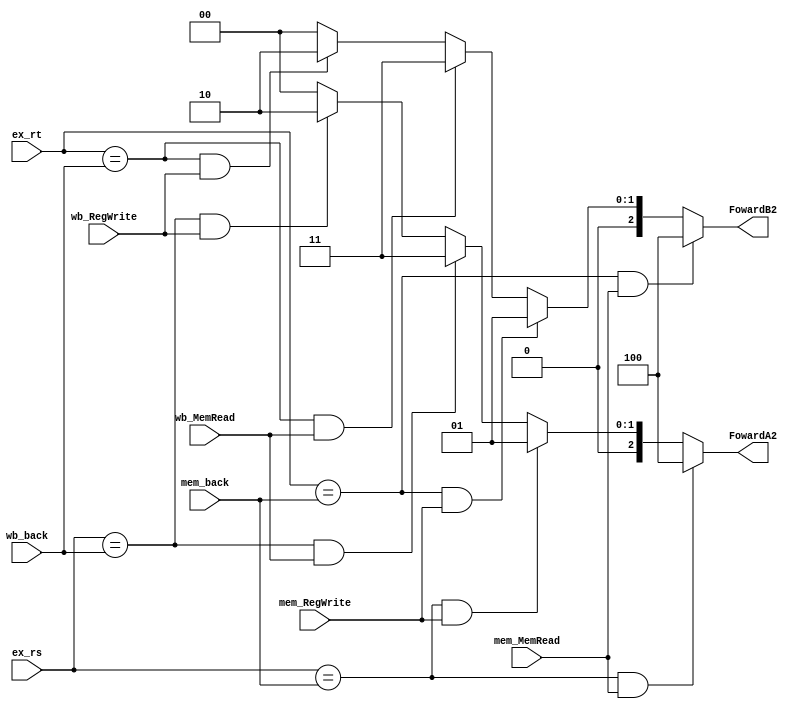
`timescale 1ns / 1ps
//////////////////////////////////////////////////////////////////////////////////
// Company: 
// Engineer: 
// 
// Design Name: 
// Module Name:    Foward2 
// Project Name: 
// Target Devices: 
// Tool versions: 
// Description: 
//
// Dependencies: 
//
// Revision: 
// Revision 0.01 - File Created
// Additional Comments: 
//
//////////////////////////////////////////////////////////////////////////////////
module Foward2(FowardA2,FowardB2,ex_rs,ex_rt,mem_back,wb_back,mem_RegWrite,wb_RegWrite,wb_MemRead,mem_MemRead
    );
	 output reg[2:0]FowardA2;
	 output reg[2:0]FowardB2;
	 input [4:0]ex_rs;
	 input[4:0]ex_rt;
	 input [4:0]mem_back;
	 input [4:0]wb_back;
	 input mem_RegWrite,wb_RegWrite,wb_MemRead,mem_MemRead;
	 
	 always@(*)
	 begin
		if(ex_rs==mem_back && mem_MemRead)
			FowardA2=4;
		else if(ex_rs==mem_back &&mem_RegWrite)// (ex,mem,mem_aluout)
			FowardA2=1;
		else if(ex_rs==wb_back &&wb_MemRead)//(ex,wb,wb_dout)
			FowardA2=3;
		else if(ex_rs==wb_back && wb_RegWrite)//(ex,wn,wb_aluout)
			FowardA2=2;
		else
			FowardA2=0;
			
		if(ex_rt==mem_back && mem_MemRead)
			FowardB2=4;
		else if(ex_rt==mem_back &&mem_RegWrite)// (ex,mem,mem_aluout)
			FowardB2=1;
		else if(ex_rt==wb_back &&wb_MemRead)//(ex,wb,wb_dout)
			FowardB2=3;
		else if(ex_rt==wb_back && wb_RegWrite)//(ex,wn,wb_aluout)
			FowardB2=2;
		else
			FowardB2=0;
	 end


endmodule